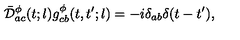
\bar { \cal D } _ { a c } ^ { \phi } ( t ; l ) g _ { c b } ^ { \phi } ( t , t ^ { \prime } ; l ) = - i \delta _ { a b } \delta ( t - t ^ { \prime } ) ,